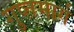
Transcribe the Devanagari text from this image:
गुप्तमार्ग